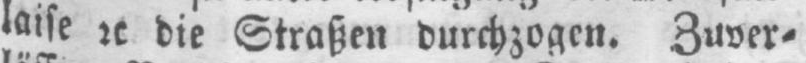
laise etc die Straßen durchzogen. Zuver⸗